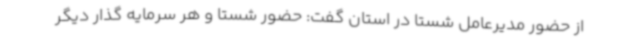
از حضور مدیرعامل شستا در استان گفت: حضور شستا و هر سرمایه گذار دیگر